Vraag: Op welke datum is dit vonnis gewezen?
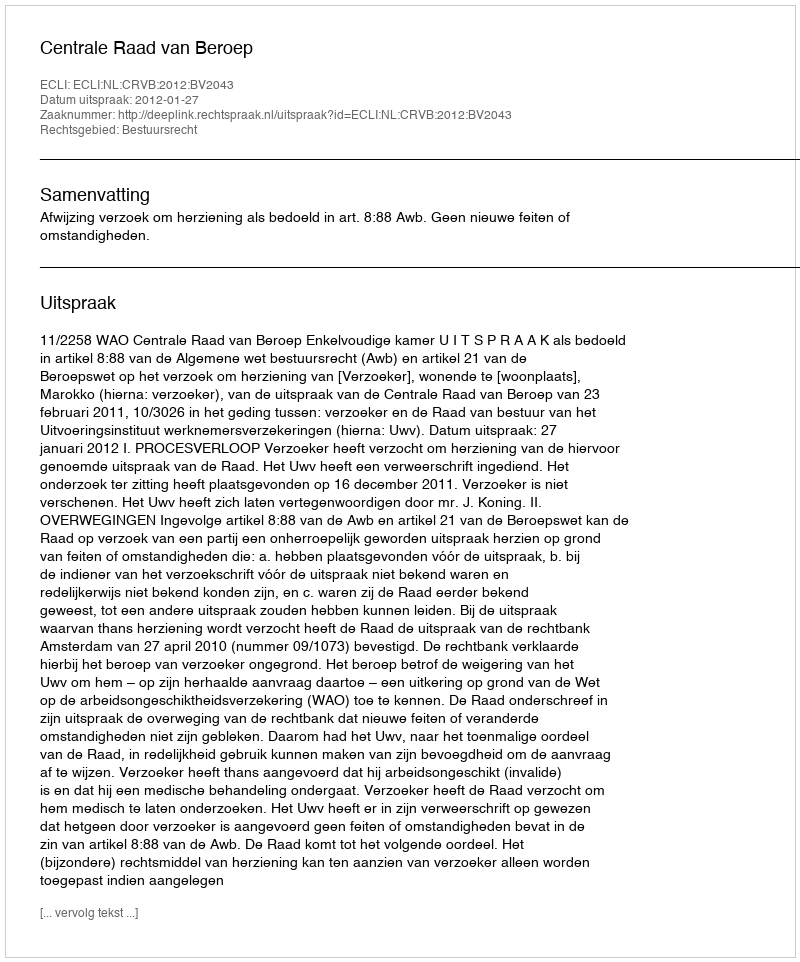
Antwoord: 2012-01-27